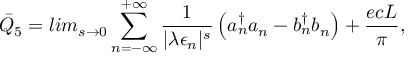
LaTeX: { \bar { Q } } _ { 5 } = l i m _ { s \rightarrow 0 } \sum _ { n = - \infty } ^ { + \infty } \frac { 1 } { | \lambda \epsilon _ { n } | ^ { s } } \left( { a } _ { n } ^ { \dagger } { a } _ { n } - { b } _ { n } ^ { \dagger } { b } _ { n } \right) + \frac { e c L } { \pi } ,